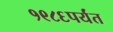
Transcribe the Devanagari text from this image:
१९८६पर्यंत